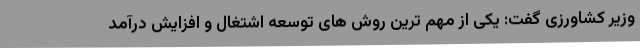
وزیر کشاورزی گفت: یکی از مهم ترین روش های توسعه اشتغال و افزایش درآمد